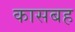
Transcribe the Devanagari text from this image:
कासबह